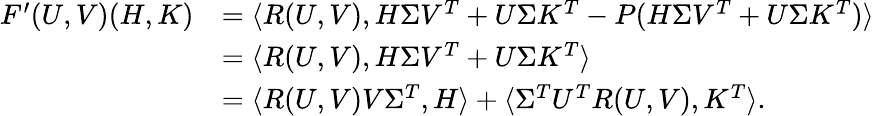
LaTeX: \begin{array}{rl}{F^{\prime}(U,V)(H,K)}&{=\langle R(U,V),H\Sigma V^{T}+U\Sigma K^{T}-P(H\Sigma V^{T}+U\Sigma K^{T})\rangle}\\ &{=\langle R(U,V),H\Sigma V^{T}+U\Sigma K^{T}\rangle}\\ &{=\langle R(U,V)V\Sigma^{T},H\rangle+\langle\Sigma^{T}U^{T}R(U,V),K^{T}\rangle.}\end{array}